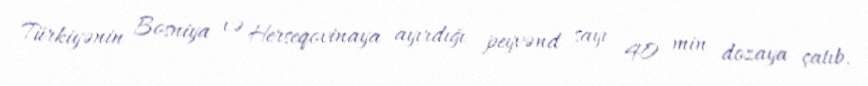
Türkiyənin Bosniya və Herseqovinaya ayırdığı peyvənd sayı 40 min dozaya çatıb.